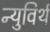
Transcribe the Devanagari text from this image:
न्युविर्थ